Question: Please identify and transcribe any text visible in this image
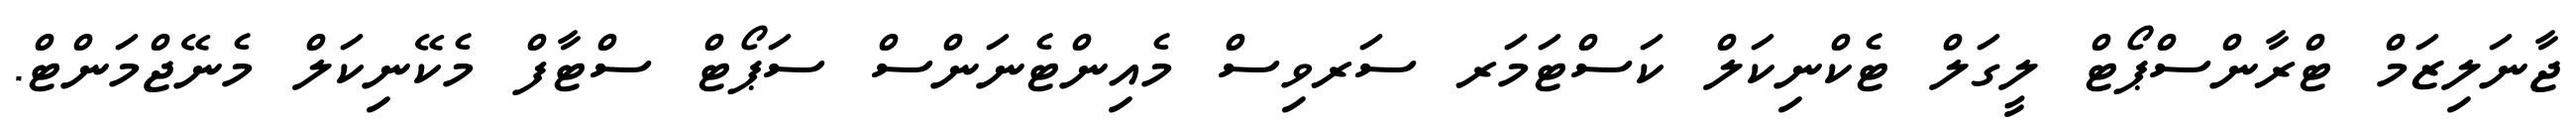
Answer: ޖާނަލިޒަމް ޓްރާންސްޕޯޓް ލީގަލް ޓެކްނިކަލް ކަސްޓަމަރ ސަރވިސް މެއިންޓެނަންސް ސަޕޯޓް ސްޓާފް މެކޭނިކަލް މެނޭޖްމަންޓް.